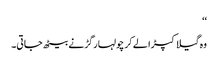
‘‘
وہ گیلا کپڑا لے کر چولہا رگڑنے بیٹھ جاتی۔